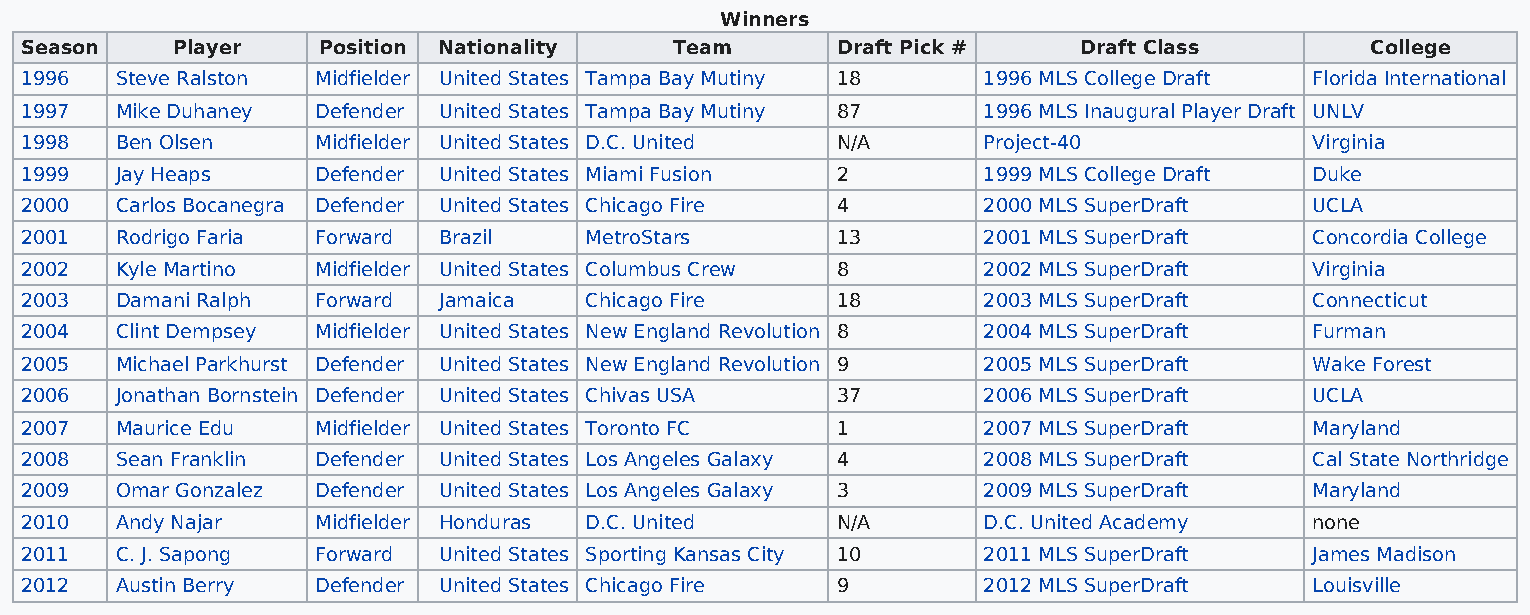
Winners
 Season    Player    Position Nationality    Team      Draft Pick #    Draft Class         College
 1996   Steve Ralston Midfielder United States Tampa Bay Mutiny 18 1996 MLS College Draft Florida International
 1997   Mike Duhaney Defender United States Tampa Bay Mutiny 87  1996 MLS Inaugural Player Draft UNLV
 1998   Ben Olsen    Midfielder United States D.C. United N/A    Project-40            Virginia
 1999   Jay Heaps    Defender United States Miami Fusion 2       1999 MLS College Draft Duke
 2000   Carlos Bocanegra Defender United States Chicago Fire 4   2000 MLS SuperDraft   UCLA
 2001   Rodrigo Faria Forward Brazil   MetroStars      13        2001 MLS SuperDraft   Concordia College
 2002   Kyle Martino Midfielder United States Columbus Crew 8    2002 MLS SuperDraft   Virginia
 2003   Damani Ralph Forward Jamaica   Chicago Fire    18        2003 MLS SuperDraft   Connecticut
 2004   Clint Dempsey Midfielder United States New England Revolution 8 2004 MLS SuperDraft Furman
 2005   Michael Parkhurst Defender United States New England Revolution 9 2005 MLS SuperDraft Wake Forest
 2006   Jonathan Bornstein Defender United States Chivas USA 37  2006 MLS SuperDraft   UCLA
 2007   Maurice Edu  Midfielder United States Toronto FC 1       2007 MLS SuperDraft   Maryland
 2008   Sean Franklin Defender United States Los Angeles Galaxy 4 2008 MLS SuperDraft  Cal State Northridge
 2009   Omar Gonzalez Defender United States Los Angeles Galaxy 3 2009 MLS SuperDraft  Maryland
 2010   Andy Najar   Midfielder Honduras D.C. United   N/A       D.C. United Academy   none
 2011   C. J. Sapong Forward United States Sporting Kansas City 10 2011 MLS SuperDraft James Madison
 2012   Austin Berry Defender United States Chicago Fire 9       2012 MLS SuperDraft   Louisville